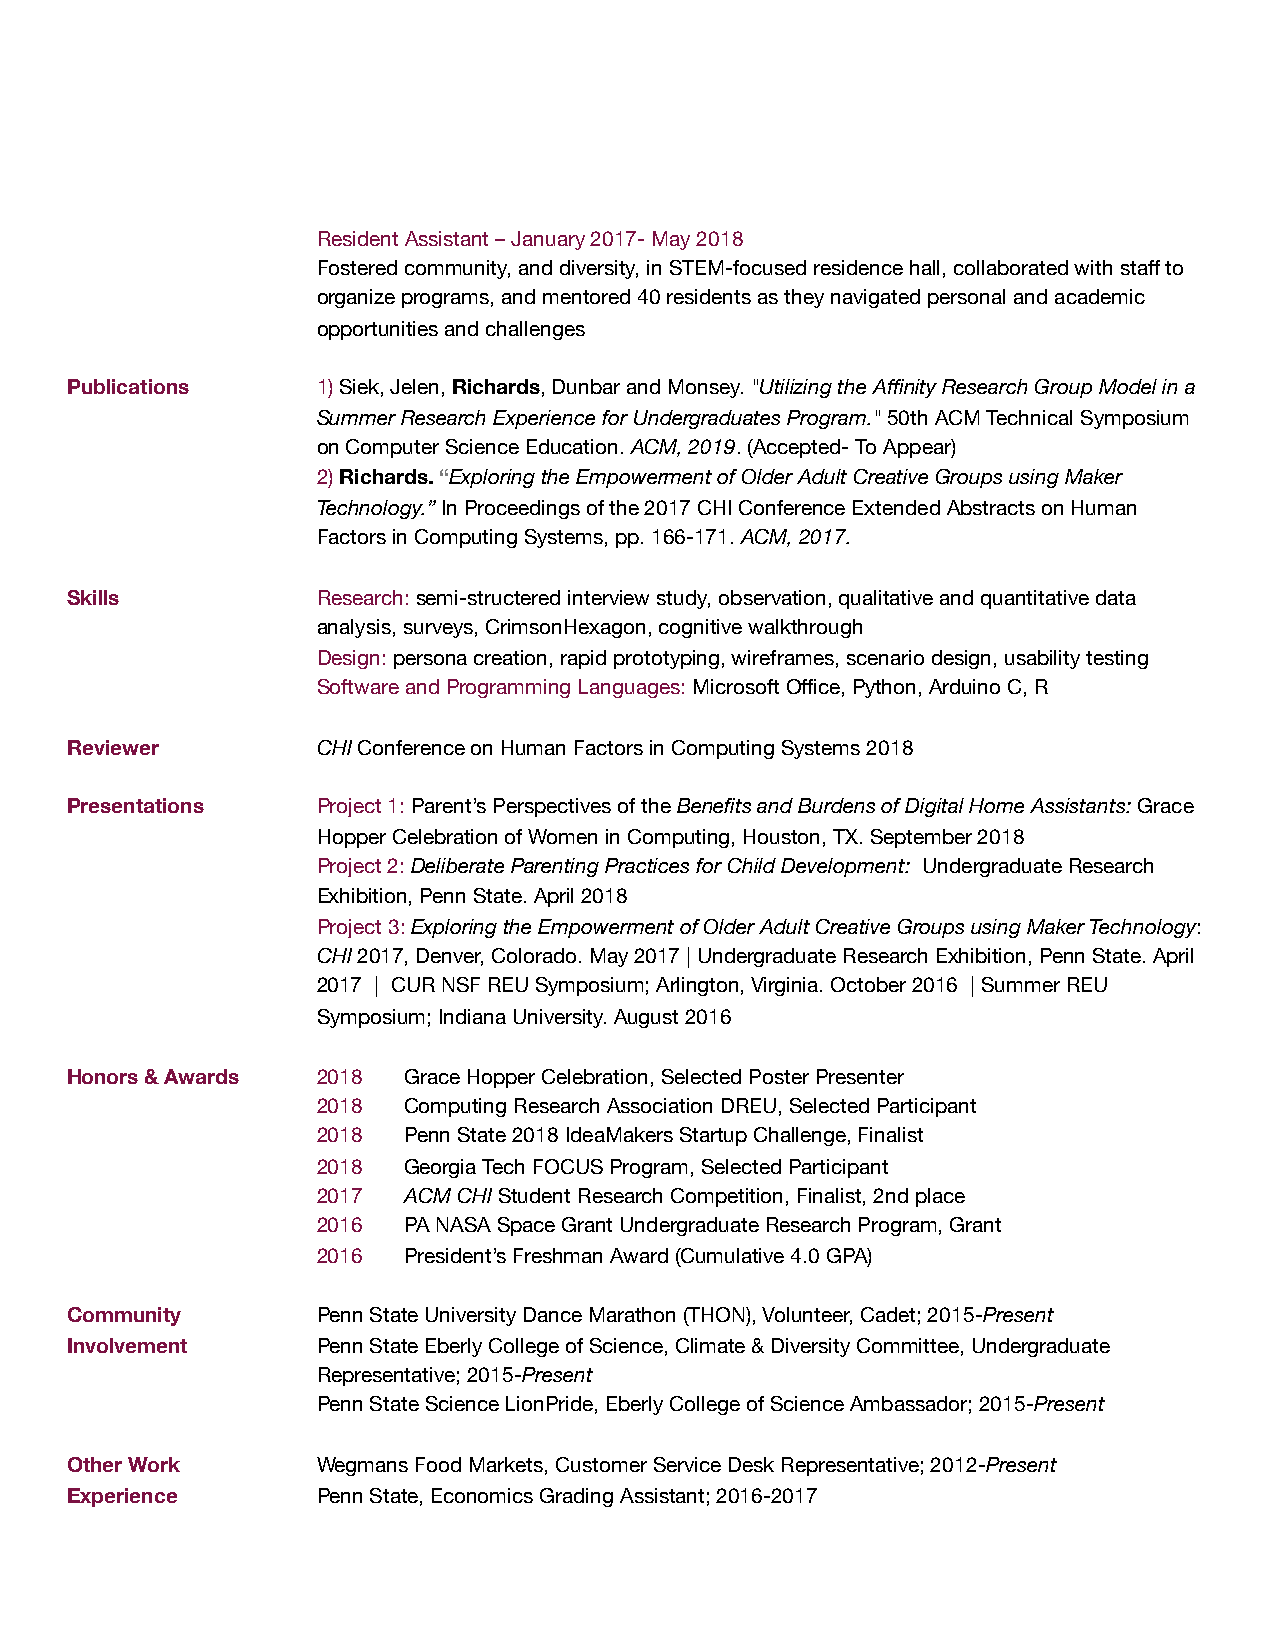
Resident Assistant – January 2017- May 2018
 Fostered community, and diversity, in STEM-focused residence hall, collaborated with staff to
 organize programs, and mentored 40 residents as they navigated personal and academic
 opportunities and challenges
 Publications     1) Siek, Jelen, Richards, Dunbar and Monsey. "Utilizing the Affinity Research Group Model in a
 Summer Research Experience for Undergraduates Program." 50th ACM Technical Symposium
 on Computer Science Education. ACM, 2019. (Accepted- To Appear)
 2) Richards. “Exploring the Empowerment of Older Adult Creative Groups using Maker
 Technology.” In Proceedings of the 2017 CHI Conference Extended Abstracts on Human
 Factors in Computing Systems, pp. 166-171. ACM, 2017.
 Skills           Research: semi-structered interview study, observation, qualitative and quantitative data
 analysis, surveys, CrimsonHexagon, cognitive walkthrough
 Design: persona creation, rapid prototyping, wireframes, scenario design, usability testing
 Software and Programming Languages: Microsoft Office, Python, Arduino C, R
 Reviewer         CHI Conference on Human Factors in Computing Systems 2018
 Presentations    Project 1: Parent’s Perspectives of the Benefits and Burdens of Digital Home Assistants: Grace
 Hopper Celebration of Women in Computing, Houston, TX. September 2018
 Project 2: Deliberate Parenting Practices for Child Development: Undergraduate Research
 Exhibition, Penn State. April 2018
 Project 3: Exploring the Empowerment of Older Adult Creative Groups using Maker Technology:
 CHI 2017, Denver, Colorado. May 2017 | Undergraduate Research Exhibition, Penn State. April
 2017 | CUR NSF REU Symposium; Arlington, Virginia. October 2016 | Summer REU
 Symposium; Indiana University. August 2016
 Honors & Awards  2018  Grace Hopper Celebration, Selected Poster Presenter
 2018  Computing Research Association DREU, Selected Participant
 2018  Penn State 2018 IdeaMakers Startup Challenge, Finalist
 2018  Georgia Tech FOCUS Program, Selected Participant
 2017  ACM CHI Student Research Competition, Finalist, 2nd place
 2016  PA NASA Space Grant Undergraduate Research Program, Grant
 2016  President’s Freshman Award (Cumulative 4.0 GPA)
 Community        Penn State University Dance Marathon (THON), Volunteer, Cadet; 2015-Present
 Involvement      Penn State Eberly College of Science, Climate & Diversity Committee, Undergraduate
 Representative; 2015-Present
 Penn State Science LionPride, Eberly College of Science Ambassador; 2015-Present
 Other Work       Wegmans Food Markets, Customer Service Desk Representative; 2012-Present
 Experience       Penn State, Economics Grading Assistant; 2016-2017